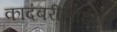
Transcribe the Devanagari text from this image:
कादंबरीसाठीच